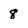
Character: 8